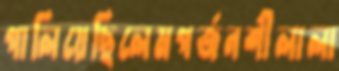
পালিয়েছিলেমগর্জনশীলালা